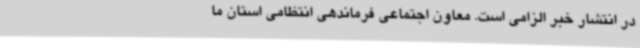
در انتشار خبر الزامی است. معاون اجتماعی فرماندهی انتظامی استان ما